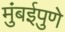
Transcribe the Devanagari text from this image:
मुंबईपुणे